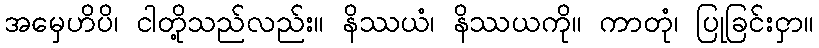
အမှေဟိပိ၊ ငါတို့သည်လည်း။ နိဿယံ၊ နိဿယကို။ ကာတုံ၊ ပြုခြင်းငှာ။